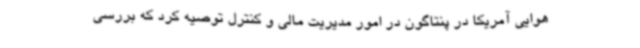
هوایی آمریکا در پنتاگون در امور مدیریت مالی و کنترل توصیه کرد که بررسی